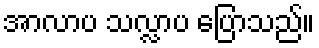
အာလာပ သလ္လာပ ပြောသည်။